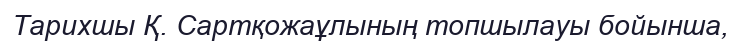
Тарихшы Қ. Сартқожаұлының топшылауы бойынша,